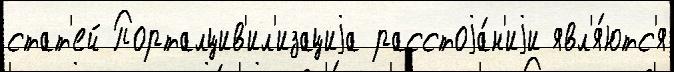
стат'ей Порталцив'ил'изациjа расстоjа́н'иjи явл'я́ютс'я